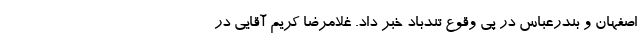
اصفهان و بندرعباس در پی وقوع تندباد خبر داد. غلامرضا کریم آقایی در